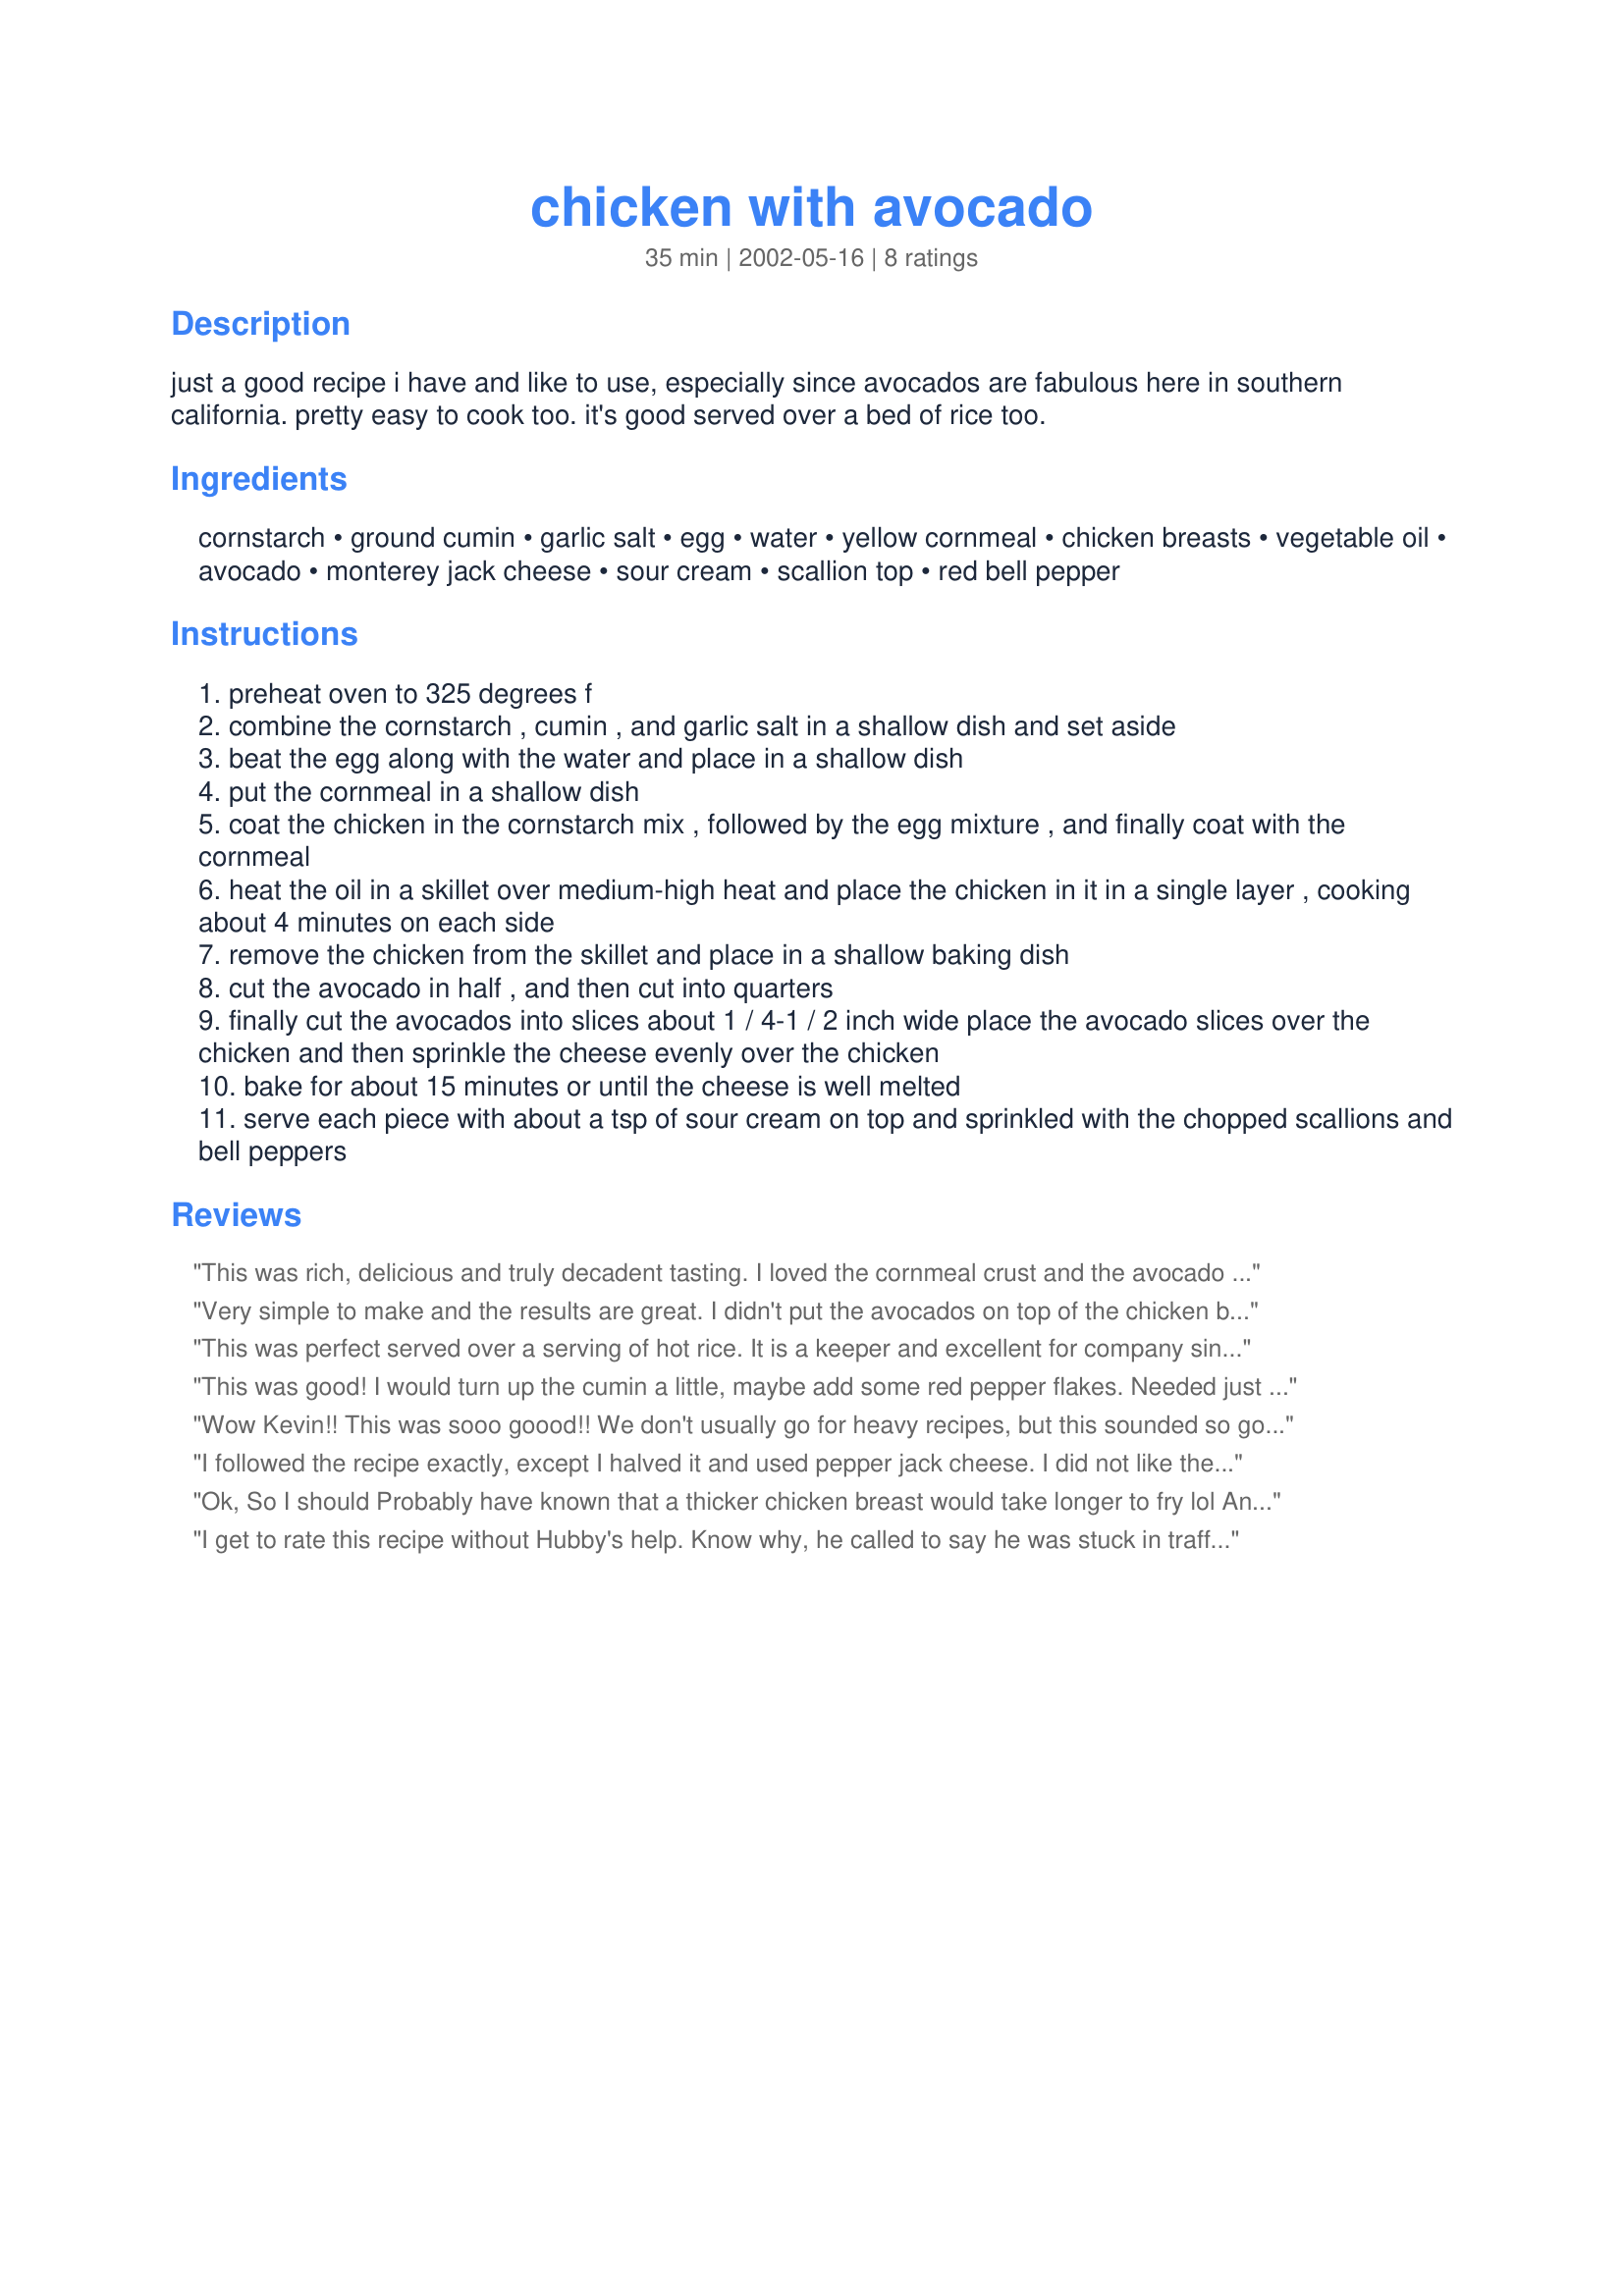
chicken with avocado
Preparation time: 35 minutes

just a good recipe i have and like to use, especially since avocados are fabulous here in southern california. pretty easy to cook too. it's good served over a bed of rice too.

Ingredients:
cornstarch, ground cumin, garlic salt, egg, water, yellow cornmeal, chicken breasts, vegetable oil, avocado, monterey jack cheese, sour cream, scallion top, red bell pepper

Steps:
preheat oven to 325 degrees f
combine the cornstarch , cumin , and garlic salt in a shallow dish and set aside
beat the egg along with the water and place in a shallow dish
put the cornmeal in a shallow dish
coat the chicken in the cornstarch mix , followed by the egg mixture , and finally coat with the cornmeal
heat the oil in a skillet over medium-high heat and place the chicken in it in a single layer , cooking about 4 minutes on each side
remove the chicken from the skillet and place in a shallow baking dish
cut the avocado in half , and then cut into quarters
finally cut the avocados into slices about 1 / 4-1 / 2 inch wide place the avocado slices over the chicken and then sprinkle the cheese evenly over the chicken
bake for about 15 minutes or until the cheese is well melted
serve each piece with about a tsp of sour cream on top and sprinkled with the chopped scallions and bell peppers

Reviews:
This was rich, delicious and truly decadent tasting. I loved the cornmeal crust and the avocado cheese combination was great. (NOTE:I reduced the amount of oil to 1 Tbsp., which added a bit more cooking time to the chicken in the pan- frying step, but still produced a very crispy, lovely crust.) A fabulous choice to serve to guests. For even more calorie laden decadence, I may sprinkle the finished product with freshly cooked crumbled bacon. Not a diet dish - but worth every single, heavenly calorie!
Very simple to make and the results are great. I didn't put the avocados on top of the chicken but I did put the cheese on top. I ended up making a salad and slicing up the chicken and arranging it on top and put the avocado throughout my salad. I enjoyed every bite!
This was perfect served over a serving of hot rice. It is a keeper and excellent for company since it not only tastes delicious, but also looks beautiful. I felt like I was eating something from a five-star restaurant.
This was good! I would turn up the cumin a little, maybe add some red pepper flakes. Needed just a wee bit more heat. I used flour rather than cornmeal because that's what I had on hand. I bet the cornmeal would be good!
Wow Kevin!! This was sooo goood!! We don't usually go for heavy recipes, but this sounded so good , had to try it, about once a month we try something we shouldn't for a treat, this was one of those recipes. Soo delicious!!
I used 3 fresh garlic cloves, couldn't resist, smashed it and added it to the egg and water, well mixed.I wasen't sure what you ment by "red bell Peppers, tops", so i chopped the red peppers very finely and threw in some parsley "tops"with the sliced scallion tops and sour cream. Boy! what a topping, the cheese and avacado with the rest of the toppings, are just outstanding flavour. Very much liked the cornmeal coat.
Can't promise we'll do this again soon, but it will surely come to mimd next time we have company!! Thank-you for a real treat Kevin!!
I followed the recipe exactly, except I halved it and used pepper jack cheese. I did not like the flavor of the cornmeal and cumin. Overall, the dish wasn't that flavorful. The flavors don't meld together - instead, you taste the flavor of each ingredient separately. I think the size of the chicken breasts I used was average and I had to at least double the cooking time on each side of the breast to reach 160 degrees. I used the setting on my electric stove right in the middle of medium and high at first. I eventually had to turn it down to medium so that the coating wouldn't burn while the chicken was finishing cooking.
Ok, So I should Probably have known that a thicker chicken breast would take longer to fry lol And I should probably have known that with the great day I was having that something was gonna go wrong! So! With that in mind, I really had a great time with this recipe, No honest lol. That, and I changed a few things. Sigh. I know, but it really wasn't intentional lol. When I was getting ready to fix this dish I realized I didn't have cornstarch, so I replaced it with bread crumbs. The red peppers were green peppers (I know but I forgot to get the red :(( so contrast wasn't great lol) and I used parmesean cheese because I got pepperjack Forgetting that my son thought it was too hot. Aside from all this, lol All in all...WOW!!!!! Kevin! I loved the recipe! Maybe next time, as Yes, there Will be one, i'll get it right. Best to you all!
I get to rate this recipe without Hubby's help. Know why, he called to say he was stuck in traffic and would be late for dinner. I went ahead and ate my dinner! It was scrumptious! I loved the mellow taste of avocado, combined with the sour cream and crunchy veggies on top of a cornmeal crusted chicken. I can see so many possibilities too. Perhaps, a green chile and tomato combination, or crumbled bacon on top .....
Hubby better hurry home or his portion is History!
